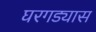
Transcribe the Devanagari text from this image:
घरगड्यास